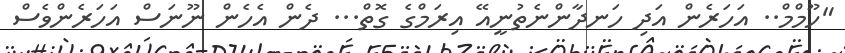
"ހޫމްމް.. އަހަރެން އަދި ހަނދާންނެތުނީއޭ އިރަމްގެ ގޮތް... ދެން އެހެން ނޫނަސް އަހަރެންވެސް